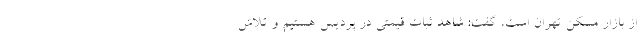
از بازار مسکن تهران است، گفت: شاهد ثبات قیمتی در پردیس هستیم و تلاش